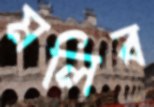
মলিব